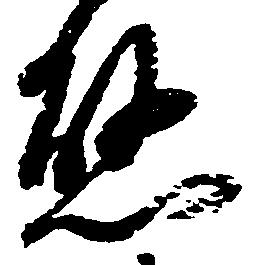
懸